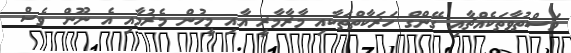
މަސްތުވާތަކެއްޗާއި ގޭންގް ހަރަކާތްތަކާއި މާރާމާރީ އާއި މީހުން މެރުމާއި އެ ނޫން ވެސް